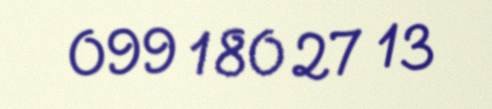
099 180 27 13